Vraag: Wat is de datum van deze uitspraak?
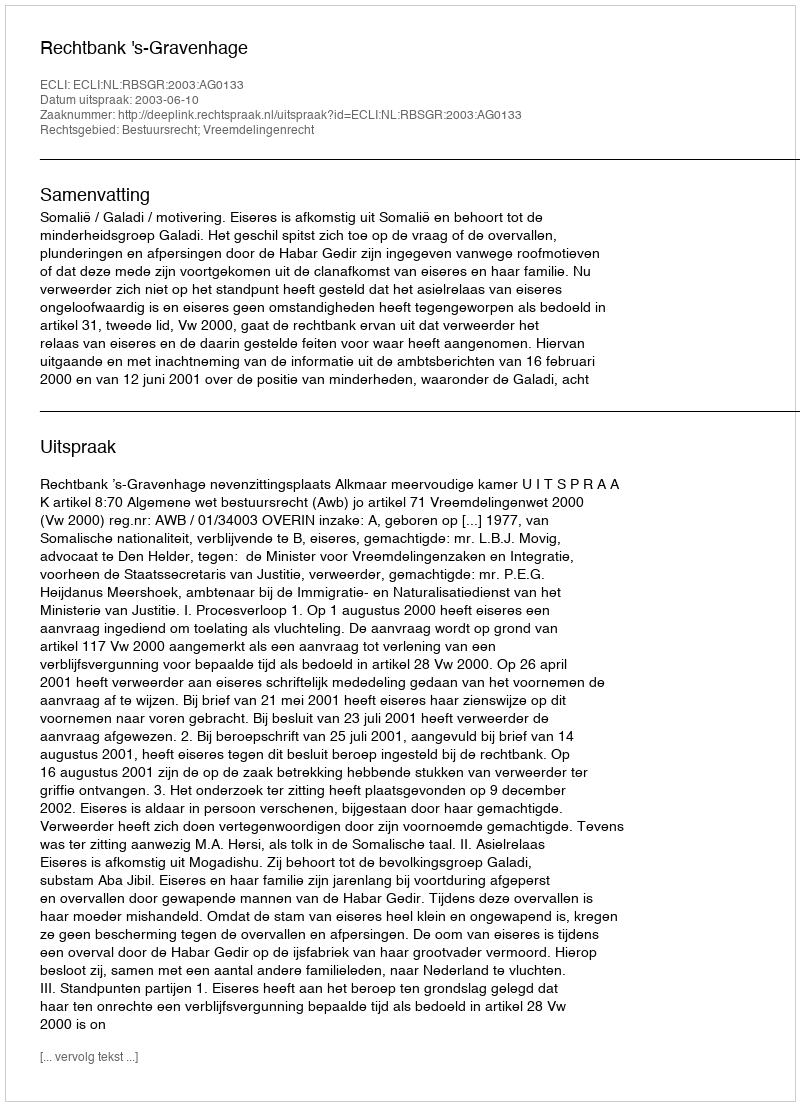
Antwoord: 2003-06-10